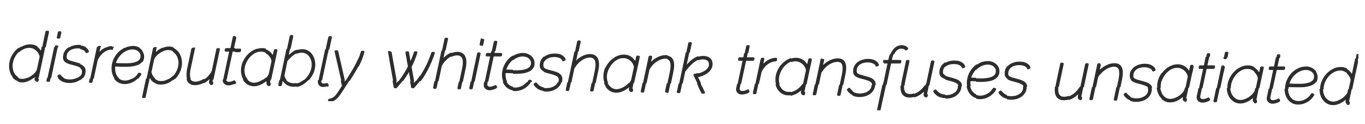
disreputably whiteshank transfuses unsatiated